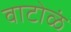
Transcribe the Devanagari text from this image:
वाटोळं